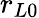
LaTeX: r_{L0}